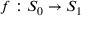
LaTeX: f : S _ { 0 } \to S _ { 1 }